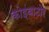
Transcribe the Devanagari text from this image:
कोइंबाटोरे